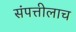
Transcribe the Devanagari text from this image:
संपत्तीलाच